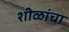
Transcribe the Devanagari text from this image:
शीळांचा